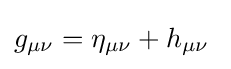
g_{\mu \nu }=\eta _{\mu \nu }+h_{\mu \nu }\;